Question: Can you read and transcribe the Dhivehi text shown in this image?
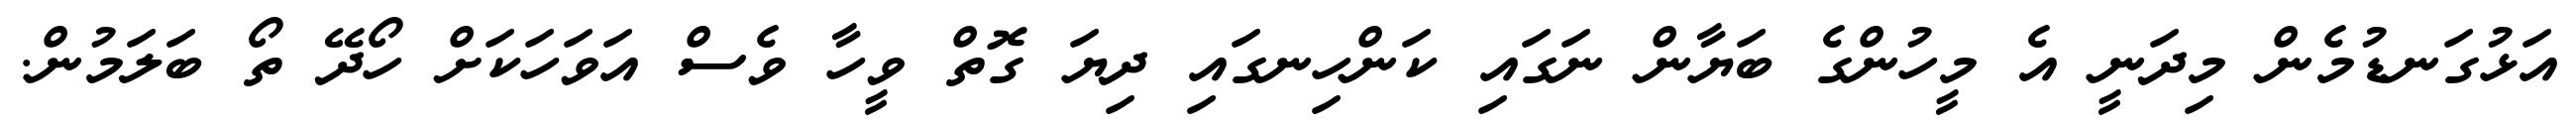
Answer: އަޅުގަނޑުމެން މިދަނީ އެ މީހުންގެ ބަޔާން ނަގައި ކަންހިނގައި ދިޔަ ގޮތް ވީހާ ވެސް އަވަހަކަށް ހޯދޭ ތޯ ބަލަމުން.